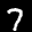
Label: 7